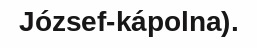
József-kápolna).